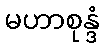
မဟာစုန္ဒံ